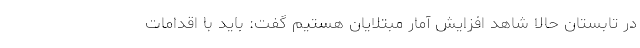
در تابستان حالا شاهد افزایش آمار مبتلایان هستیم گفت: باید با اقدامات